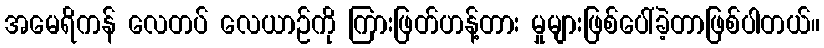
အမေရိကန် လေတပ် လေယာဉ်ကို ကြားဖြတ်ဟန့်တား မှုများဖြစ်ပေါ်ခဲ့တာဖြစ်ပါတယ်။